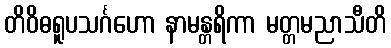
တိဝိဓရူပသင်္ဂဟော နာမန္တရိကာ မတ္တမညာသီတိ